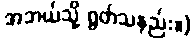
အဘယ်သို့ ရွတ်သနည်း။)